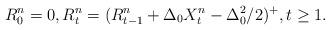
LaTeX: \begin{align*} R^{n}_{0}=0, R^{n}_{t} = (R^{n}_{t-1}+\Delta_{0}X^{n}_{t}-\Delta_{0}^{2}/2)^{+}, t \geq 1.\end{align*}